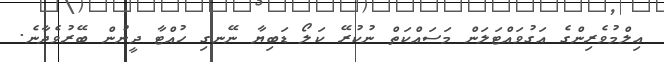
ޢިލްމުވެރިންގެ އަގުވައްޓަލަން މަސައްކަތް ނުކުރޭ ކަލޯ ޑަބިޔާ ނޭނގި ހުއްޓާ ދީނުން ބޭރުވެދާނެ.